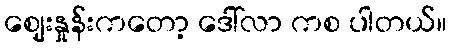
ဈေးနှုန်းကတော့ ဒေါ်လာ ကစ ပါတယ်။